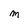
Character: M